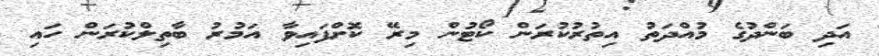
އަދި ބަންދުގެ މުއްދަތު އިތުރުކުރަން ކޯޓުން މިރޭ ކޮށްފައިވާ އަމުރު ބާތިލްކުރަން ހައި